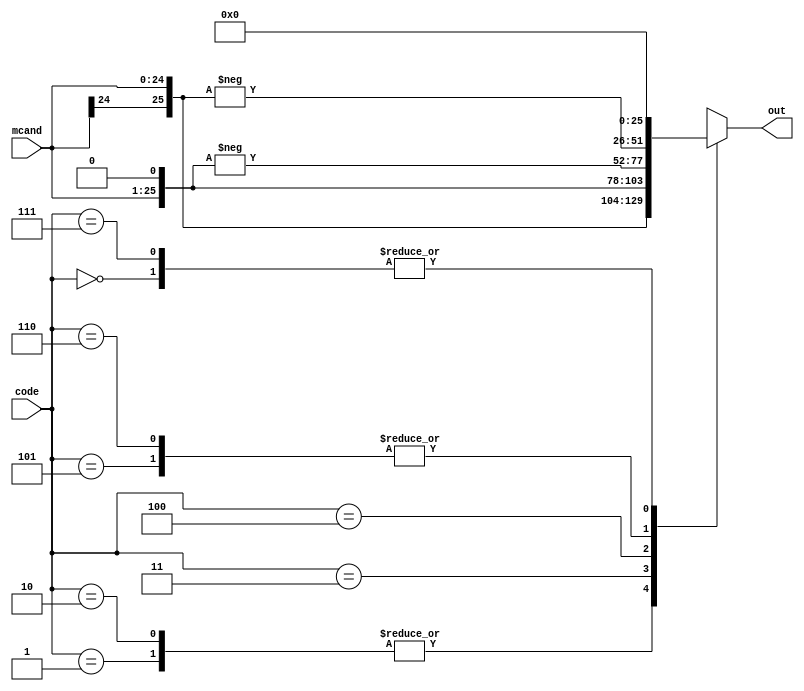
`timescale 1ns / 1ps
//////////////////////////////////////////////////////////////////////////////////
// Company: 
// Engineer: 
// 
// Design Name: 
// Module Name:    booth_decode 
// Project Name: 
// Target Devices: 
// Tool versions: 
// Description: 
//
// Dependencies: 
//
// Revision: 
// Revision 0.01 - File Created
// Additional Comments: 
//
//////////////////////////////////////////////////////////////////////////////////
module booth_recode(out, mcand, code);

    output reg [25:0] out;
    input [24:0] mcand;
    input [2:0] code;

    always @(mcand, code)
        case (code)
            3'b000 : out = 26'b0;
            3'b001 : out = {mcand[24], mcand};
            3'b010 : out = {mcand[24], mcand};
            3'b011 : out = {mcand, 1'b0};
            3'b100 : out = -{mcand, 1'b0};
            3'b101 : out = -{mcand[24], mcand};
            3'b110 : out = -{mcand[24], mcand};
            3'b111 : out = 26'b0;
        endcase

endmodule